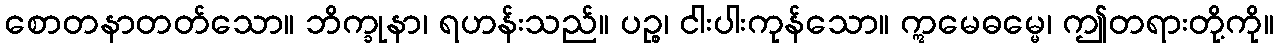
စောတနာတတ်သော။ ဘိက္ခုနာ၊ ရဟန်းသည်။ ပဉ္စ၊ ငါးပါးကုန်သော။ ဣမေဓမ္မေ၊ ဤတရားတို့ကို။